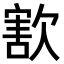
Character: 𣣶